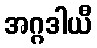
အဂ္ဂဒါယီ